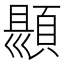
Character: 𮨑